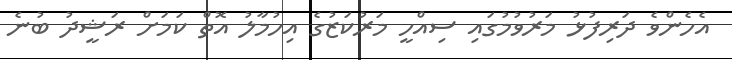
އެހެންވެ ދަރިފުޅު މަރުވުމުގައި ސިއްހީ މަރުކަޒުގެ އިހުމާލު އޮތް ކަމަށް ރަޝީދު ބުނެ